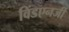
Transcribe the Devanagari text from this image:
विंडएनर्जी